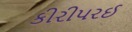
કીરીપરઈ